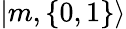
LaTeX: |{m,\{ 0,1\} }\rangle